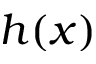
h ( x )